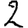
Digit: 2